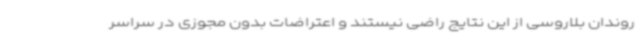
روندان بلاروسی از این نتایج راضی نیستند و اعتراضات بدون مجوزی در سراسر